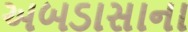
અબડાસાના